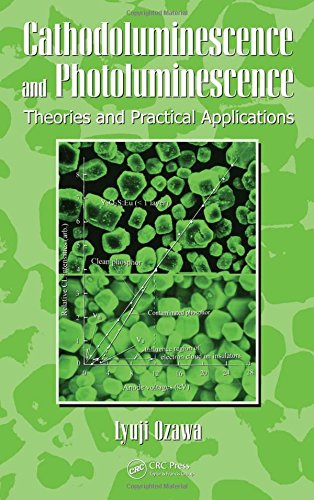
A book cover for Cathodoluminescence and Photoluminescence: Theories and Practical Applications (Phosphor Science and Engineering); Lyuji Ozawa; Science & Math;